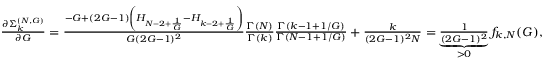
\begin{array} { r } { \frac { \partial \Sigma _ { k } ^ { ( N , G ) } } { \partial G } = \frac { - G + ( 2 G - 1 ) \left( H _ { N - 2 + \frac { 1 } { G } } - H _ { k - 2 + \frac { 1 } { G } } \right) } { G ( 2 G - 1 ) ^ { 2 } } \frac { \Gamma ( N ) } { \Gamma ( k ) } \frac { \Gamma ( k - 1 + 1 / G ) } { \Gamma ( N - 1 + 1 / G ) } + \frac { k } { ( 2 G - 1 ) ^ { 2 } N } = \underbrace { \frac { 1 } { ( 2 G - 1 ) ^ { 2 } } } _ { > 0 } f _ { k , N } ( G ) , } \end{array}